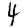
Digit: 4